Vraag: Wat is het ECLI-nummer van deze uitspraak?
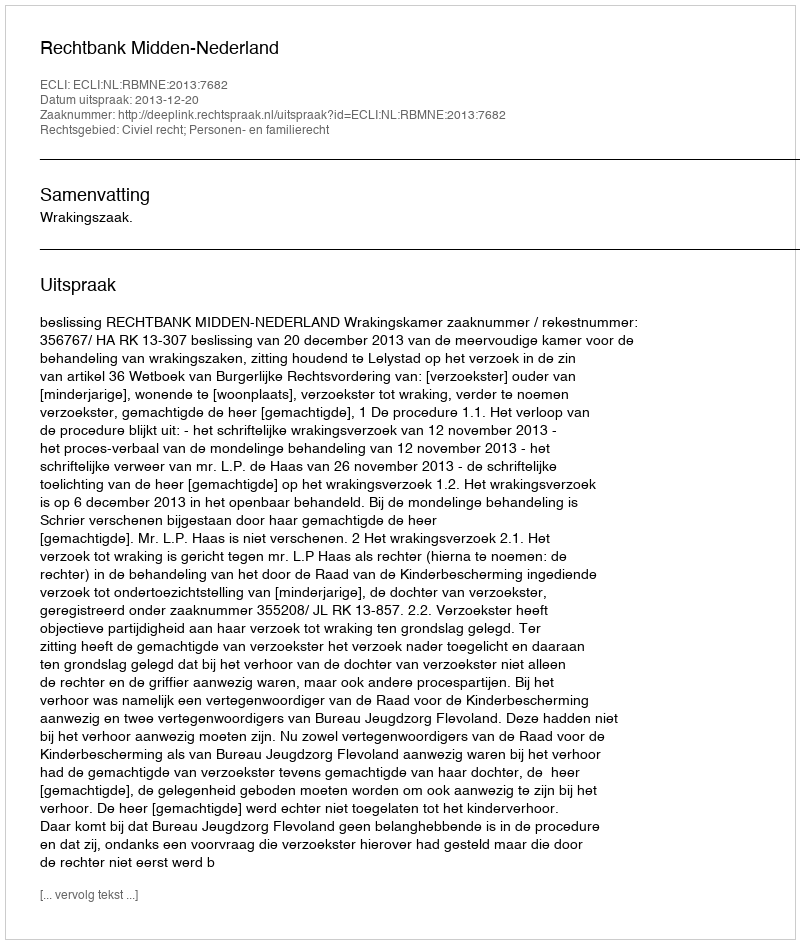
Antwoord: ECLI:NL:RBMNE:2013:7682